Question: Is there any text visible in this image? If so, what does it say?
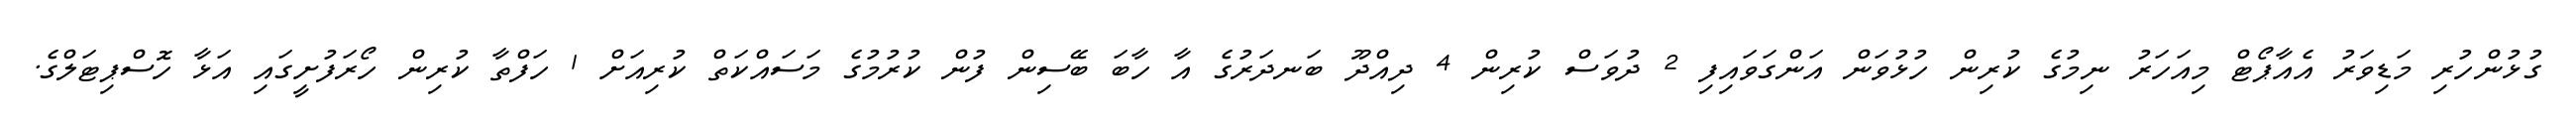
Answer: ގުޅުންހުރި މަޑިވަރު އެއާޕޯޓް މިއަހަރު ނިމުގެ ކުރިން ހުޅުވަން އަންގަވައިފި 2 ދުވަސް ކުރިން 4 ދިއްދޫ ބަނދަރުގެ އާ ހާބަ ބޭސިން ފުން ކުރުމުގެ މަސައްކަތް ކުރިއަށް 1 ހަފްތާ ކުރިން ހޯރަފުށީގައި އަޅާ ހޮސްޕިޓަލްގެ.